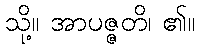
သို့။ အာပဇ္ဇတိ၊ ၏။